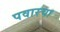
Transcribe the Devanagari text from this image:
पवारचा